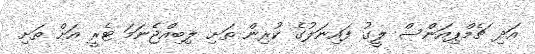
އަދި ޗެމްޕިއަންސް ލީގު ފައިނަލުގެ ކުރިން ތަށި ލިބިއްޖެނަމަ ޓެރީ އަށް ތަށި